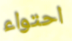
احتواء